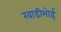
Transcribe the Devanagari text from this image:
खाडीभोई